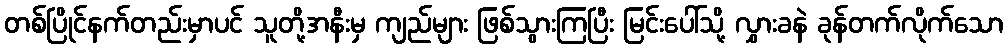
တစ်ပြိုင်နက်တည်းမှာပင် သူတို့အနီးမှ ကျည်များ ဖြစ်သွားကြပြီး မြင်းပေါ်သို့ လွှားခနဲ ခုန်တက်လိုက်သော